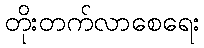
တိုးတက်လာစေရေး